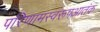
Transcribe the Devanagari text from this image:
परिणामस्वरूपआतंक